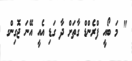
" މަ ބޯއީ ފްރެންޑް ގާތަށް ދާ ގަޑި އެއީ އޭނަ ޖޮގިންގ